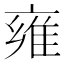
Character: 雍